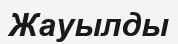
Жауылды